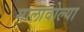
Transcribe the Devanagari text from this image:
मालावोल्या